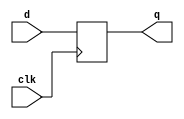
/*
*   Introduction to FPGA and Verilog
*
*   Viktor Prutyanov, 2019
*
*   Module which is synthesized as D-flip-flop
*/

module dff(
    input clk,
    input d,

    output reg q
);

always @(posedge clk) begin
    q <= d;
end

endmodule